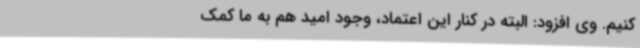
کنیم. وی افزود: البته در کنار این اعتماد، وجود امید هم به ما کمک